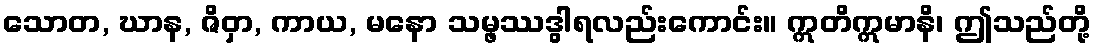
သောတ, ဃာန, ဇိဝှာ, ကာယ, မနော သမ္ဖဿဒွါရလည်းကောင်း။ ဣတိဣမာနိ၊ ဤသည်တို့